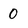
Character: 0